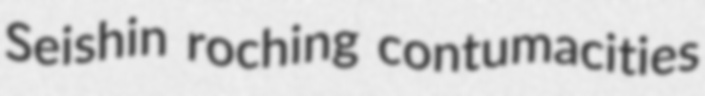
Seishin roching contumacities